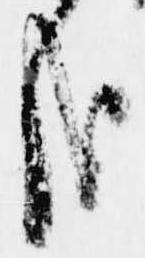
哉